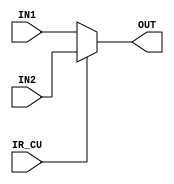
module Multiplexer(input [3:0] IN1,IN2,input IR_CU,output [3:0] OUT);
assign OUT = IR_CU ? IN2 : IN1 ; 
endmodule